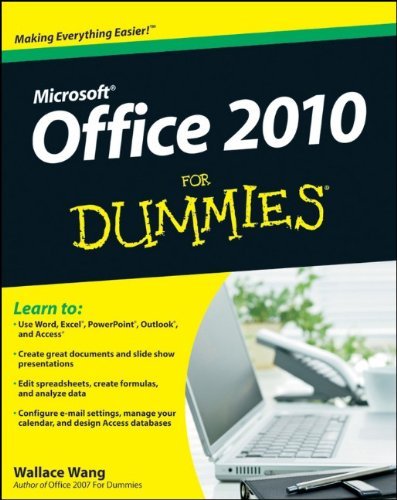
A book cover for Office 2010 For Dummies; Wallace Wang; Computers & Technology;